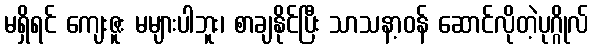
မရှိရင် ကျေးဇူး မများပါဘူး၊ စာချနိုင်ပြီး သာသနာ့ဝန် ဆောင်လိုတဲ့ပုဂ္ဂိုလ်